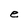
Character: e